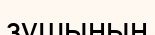
зушының